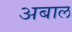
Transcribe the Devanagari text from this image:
अबाल